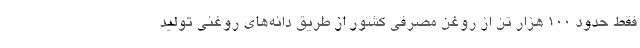
فقط حدود 100 هزار تن از روغن مصرفی کشور از طریق دانه‌های روغنی تولید